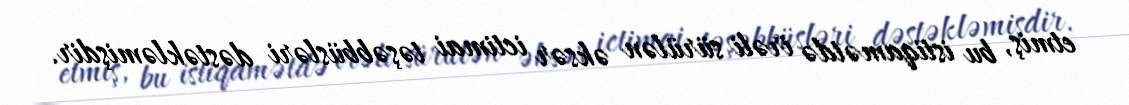
etmiş, bu istiqamətdə irəli sürülən əksər ictimai təşəbbüsləri dəstəkləmişdir.